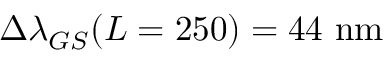
\Delta \lambda _ { G S } ( L = 2 5 0 ) = 4 4 ~ \mathrm { n m }